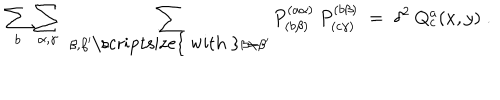
\sum _ { b } \sum _ { \alpha , \gamma } \; \sum _ { \beta , \beta ^ { \prime } { \mathrm { \scriptsize { ~ w i t h ~ } } } \beta \neq \beta ^ { \prime } } P _ { ( b \beta ) } ^ { ( a \alpha ) } \: P _ { ( c \gamma ) } ^ { ( b \beta ) } \; = \; \delta ^ { 2 } \: Q _ { c } ^ { a } ( x , y ) \; .